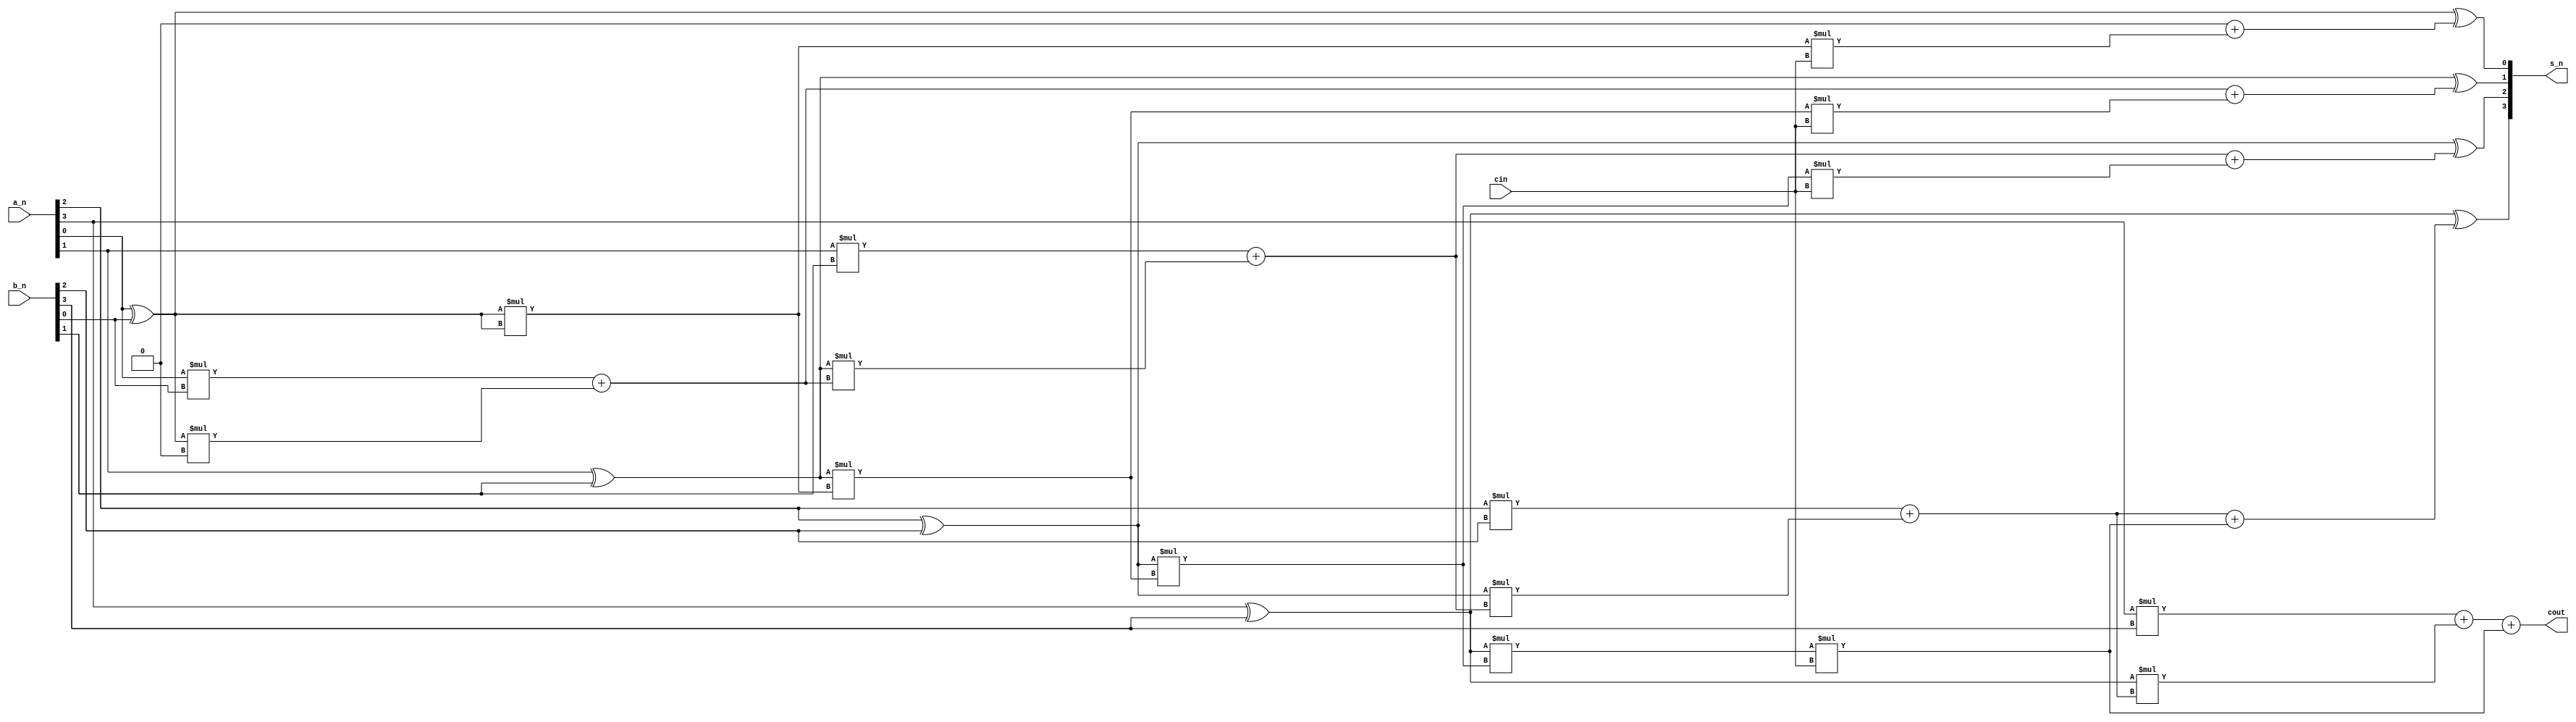
module full_adder_Nbit_cia
#(parameter width = 4)
(
    input [width-1 :0] a_n,
    input [width-1:0] b_n,
    input cin,
    output [width-1:0] s_n,
    output cout
);
genvar i;
wire [width-1:0] g;
wire [width-1:0] p;
wire [width:0] gij;//gij
wire [width:0] pij;

//cin
assign pij[0] = p[0];
assign gij[0] = 0;
for (i = 0;i<width;i = i+1) begin
    assign p[i] = a_n[i] ^b_n[i];
    assign g[i] = a_n[i] *b_n[i];
    assign pij[i+1] = p[i] *pij[i];
    assign gij[i+1] = g[i] + p[i]* gij[i];
end

//cin
assign cout = gij[width]+pij[width]*cin;
genvar k;
for( k=0; k<width; k=k+1) begin
    assign s_n[k] = p[k] ^ (gij[k]+pij[k+1]*cin);
end
endmodule